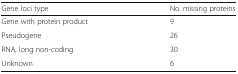
<table><thead><tr><td><b>Gene loci type</b></td><td><b>No. missing proteins</b></td></tr></thead><tbody><tr><td>Gene with protein product</td><td>9</td></tr><tr><td>Pseudogene</td><td>26</td></tr><tr><td>RNA, long non-coding</td><td>30</td></tr><tr><td>Unknown</td><td>6</td></tr></tbody></table>